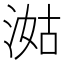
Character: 㴌